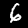
Digit: 6